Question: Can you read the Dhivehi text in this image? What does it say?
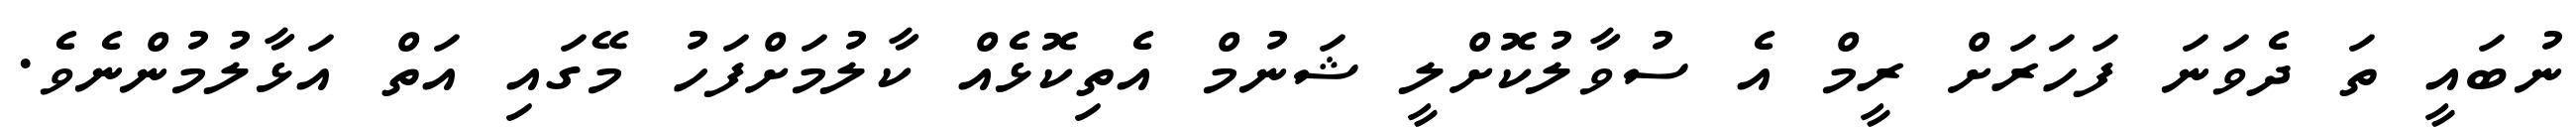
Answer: ނުބައީ ތަ ދެވަނަ ފަހަރަށް ރީމް އެ ސުވާލުކޮށްލީ ޝަނުމް އެތިކޮޅެއް ކާލުމަށްފަހު މޭގައި އަތް އަޅާލުމުންނެވެ.